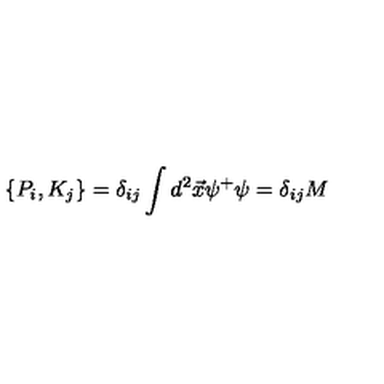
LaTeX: \{ P _ { i } , K _ { j } \} = \delta _ { i j } \int d ^ { 2 } \vec { x } \psi ^ { + } \psi = \delta _ { i j } M